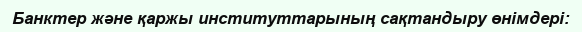
Банктер және қаржы институттарының сақтандыру өнімдері: